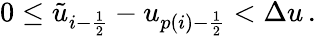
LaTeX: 0\leq\tilde{u}_{i-\frac{1}{2}}-u_{p(i)-\frac{1}{2}}<\Delta u\, .